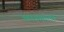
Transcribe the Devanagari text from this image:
कारणतत्व